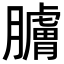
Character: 𦢚